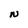
Character: N